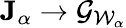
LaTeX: {\mathbf J}_{\alpha}\to{\mathcal G}_{\mathcal W_{\alpha}}